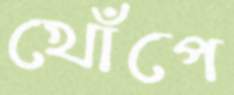
খোঁপে